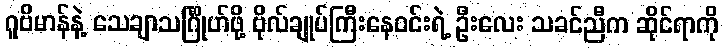
ဂူဗိမာန်နဲ့ သေချာသင်္ဂြိုဟ်ဖို့ ဗိုလ်ချုပ်ကြီးနေဝင်းရဲ့ ဦးလေး သခင်ညီက ဆိုင်ရာကို